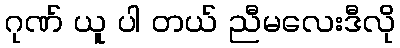
ဂုဏ် ယူ ပါ တယ် ညီမလေးဒီလို